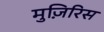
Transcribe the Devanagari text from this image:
मुज़िरिस